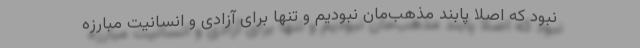
نبود که اصلاً پابند مذهب‌مان نبودیم و تنها برای آزادی و انسانیت مبارزه